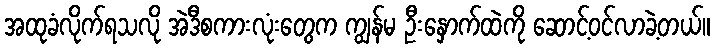
အထုခံလိုက်ရသလို အဲဒီစကားလုံးတွေက ကျွန်မ ဦးနှောက်ထဲကို ဆောင့်ဝင်လာခဲ့တယ်။